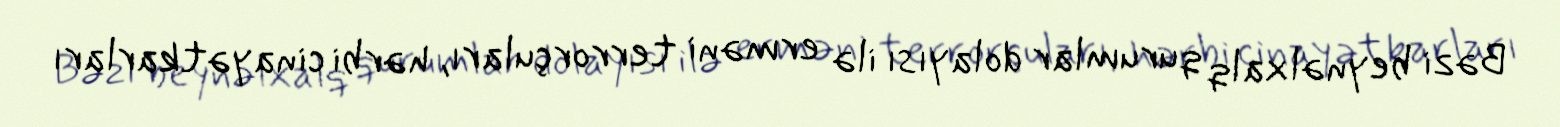
Bəzi beynəlxalq qurumlar dolayısı ilə erməni terrorçuları, hərbi cinayətkarları